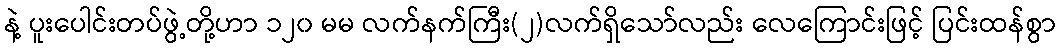
နဲ့ ပူးပေါင်းတပ်ဖွဲ့တို့ဟာ ၁၂၀ မမ လက်နက်ကြီး(၂)လက်ရှိသော်လည်း လေကြောင်းဖြင့် ပြင်းထန်စွာ